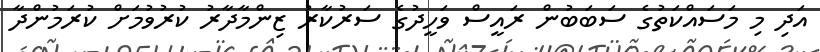
އަދި މި މަސައްކަތުގެ ސަބަބުން ރައީސް ވަހީދުގެ ސަރުކާރު ޒިންމާދާރު ކުރުވުމަށް ކުރަމުންދާ